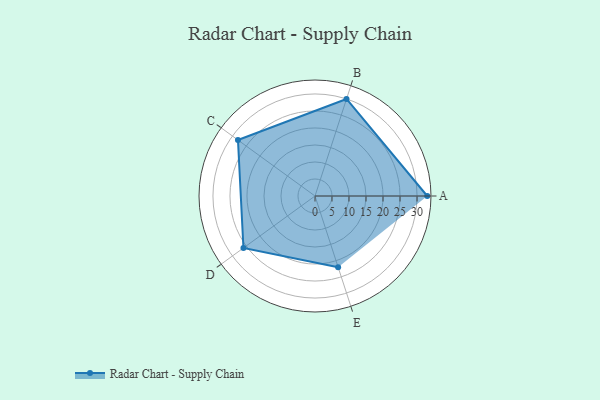
{"axis": {"x": "Skill", "y": "Score"}, "legend": ["Profile"], "data": [{"x": "A", "y": 33.0, "type": "Profile"}, {"x": "B", "y": 30.0, "type": "Profile"}, {"x": "C", "y": 28.0, "type": "Profile"}, {"x": "D", "y": 26.0, "type": "Profile"}, {"x": "E", "y": 22.0, "type": "Profile"}]}